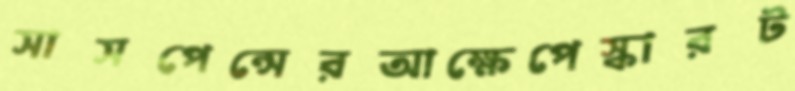
সাসপেন্সেরআক্ষেপেস্কারট